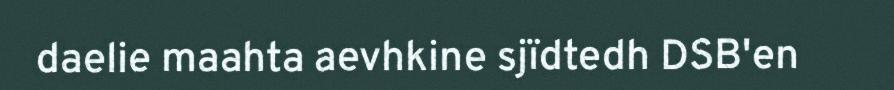
daelie maahta aevhkine sjïdtedh DSB'en